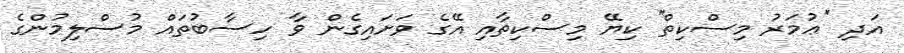
އަދި ''ޢުމަރު މިސްކިތް'' ކިޔޭ މިސްކިތާއި އޭގެ ވަށައިގެން ވާ ހިސާބުތައް މުސްލިމުންގެ